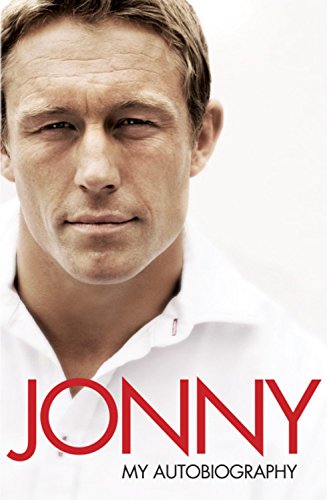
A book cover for Jonny: My Autobiography; Jonny Wilkinson; Sports & Outdoors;